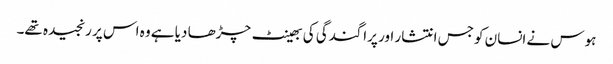
ہوس نے انسان کو جس انتشار اور پراگندگی کی بھینٹ چڑھا دیا ہے وہ اس پر رنجیدہ تھے۔